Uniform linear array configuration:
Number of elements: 16
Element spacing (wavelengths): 0.75
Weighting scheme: hamming
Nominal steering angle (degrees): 30
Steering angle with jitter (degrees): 30.011
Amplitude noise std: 0.05
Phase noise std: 0.05

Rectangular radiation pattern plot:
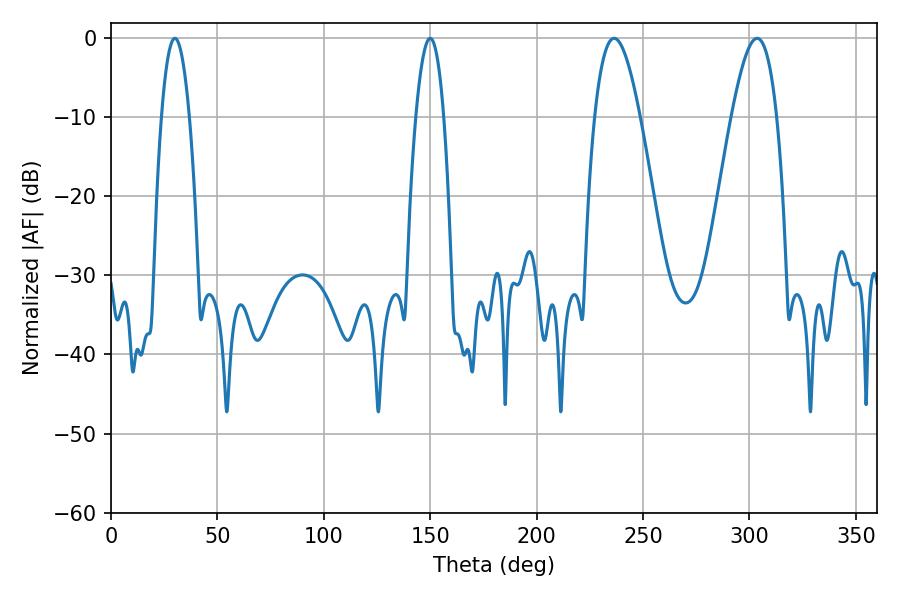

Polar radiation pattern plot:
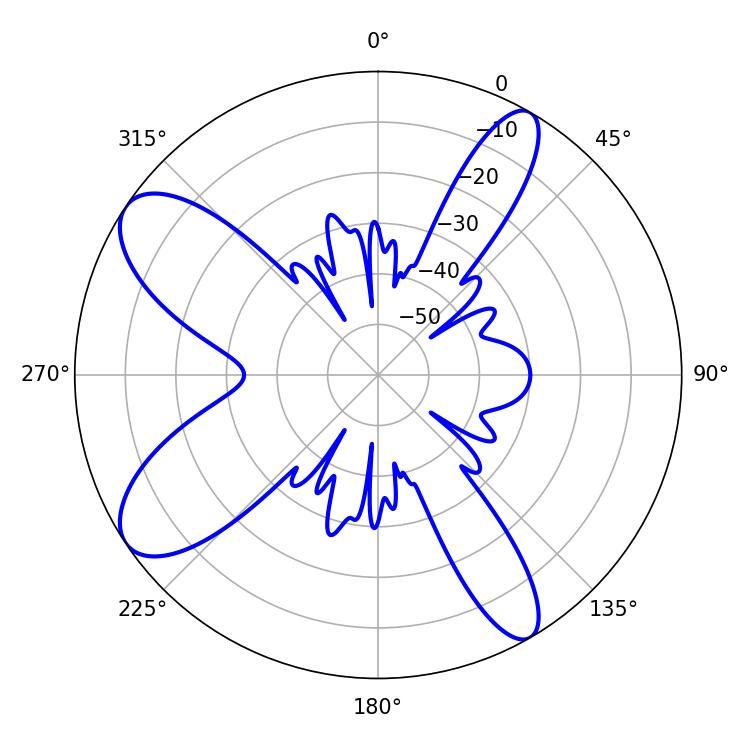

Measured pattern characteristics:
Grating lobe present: TRUE
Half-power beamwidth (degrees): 7.2
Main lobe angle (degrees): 30.06